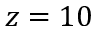
z = 1 0